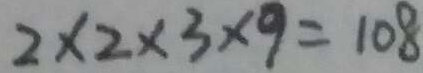
2 \times 2 \times 3 \times 9 = 1 0 8